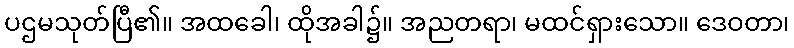
ပဌမသုတ်ပြီ၏။ အထခေါ၊ ထိုအခါ၌။ အညတရာ၊ မထင်ရှားသော။ ဒေဝတာ၊